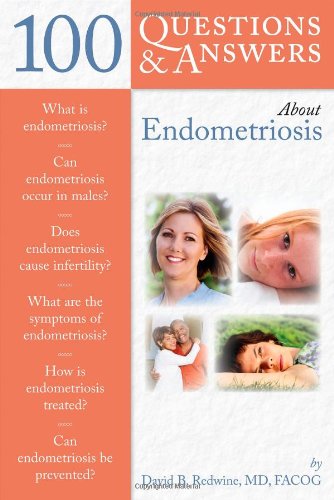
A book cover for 100 Questions  &  Answers About Endometriosis; David B. Redwine; Health, Fitness & Dieting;